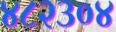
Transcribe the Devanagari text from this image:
४८२३०४